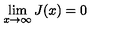
\lim _ { x \to \infty } J ( x ) = 0